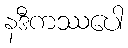
နဒီကဿပေါ